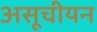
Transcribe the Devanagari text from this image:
असूचीयन